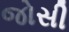
જોસી